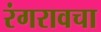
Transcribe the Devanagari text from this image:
रंगरावचा